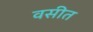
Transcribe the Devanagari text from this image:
वसीत